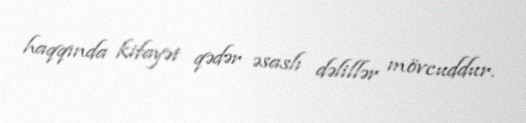
haqqında kifayət qədər əsaslı dəlillər mövcuddur.